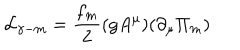
LaTeX: { \cal L } _ { \gamma - m } = { \frac { f _ { m } } { 2 } } ( g A ^ { \mu } ) ( \partial _ { \mu } \Pi _ { m } )